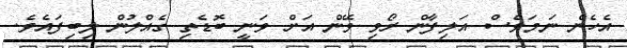
އެހެން ނަމަވެސް އަލިފާން ރޯވި ވޭން އަށް ވަނީ ބޮޑެތި ގެއްލުން ލިބިފައެވެ.